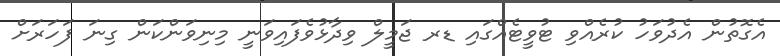
އެގޮތުން އެދުވަހު ކުރެއްވި ޓުވީޓެއްގައި ޑރ ޖަމީލް ވިދާޅުވެފައިވަނީ މިނިވަންކަން ގިނަ ފަހަރަށް